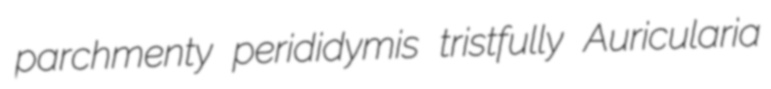
parchmenty perididymis tristfully Auricularia